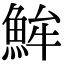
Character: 𩶢